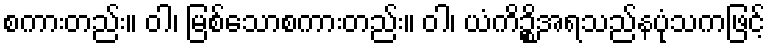
စကားတည်း။ ဝါ၊ မြစ်သောစကားတည်း။ ဝါ၊ ယံကိဉ္စိအရသည်နပုံသကဖြင့်